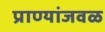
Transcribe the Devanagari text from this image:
प्राण्यांजवळ